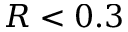
R < 0 . 3